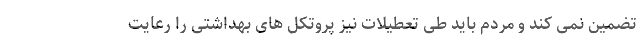
تضمین نمی کند و مردم باید طی تعطیلات نیز پروتکل های بهداشتی را رعایت